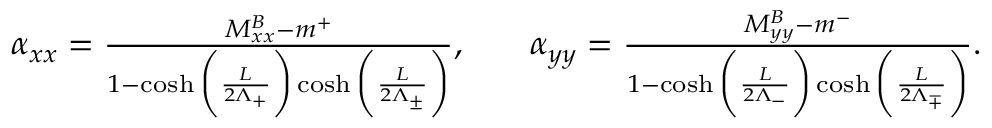
\begin{array} { r l r } { \alpha _ { x x } = \frac { M _ { x x } ^ { B } - m ^ { + } } { 1 - \cosh \bigg ( \frac { L } { 2 \Lambda _ { + } } \bigg ) \cosh \bigg ( \frac { L } { 2 \Lambda _ { \pm } } \bigg ) } , } & { { } } & { \alpha _ { y y } = \frac { M _ { y y } ^ { B } - m ^ { - } } { 1 - \cosh \bigg ( \frac { L } { 2 \Lambda _ { - } } \bigg ) \cosh \bigg ( \frac { L } { 2 \Lambda _ { \mp } } \bigg ) } . } \end{array}